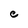
Character: C